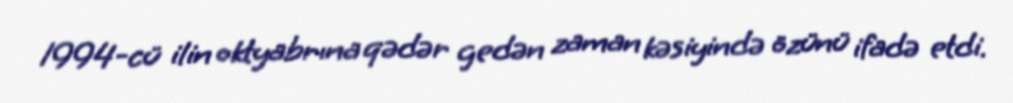
1994-cü ilin oktyabrına qədər gedən zaman kəsiyində özünü ifadə etdi.